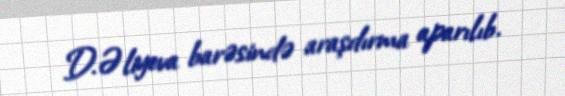
D.Əliyeva barəsində araşdırma aparılıb.